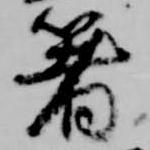
箸